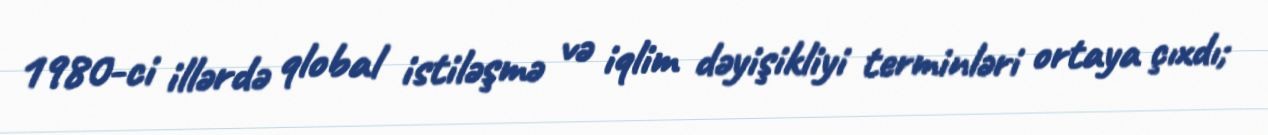
1980-ci illərdə qlobal istiləşmə və iqlim dəyişikliyi terminləri ortaya çıxdı;